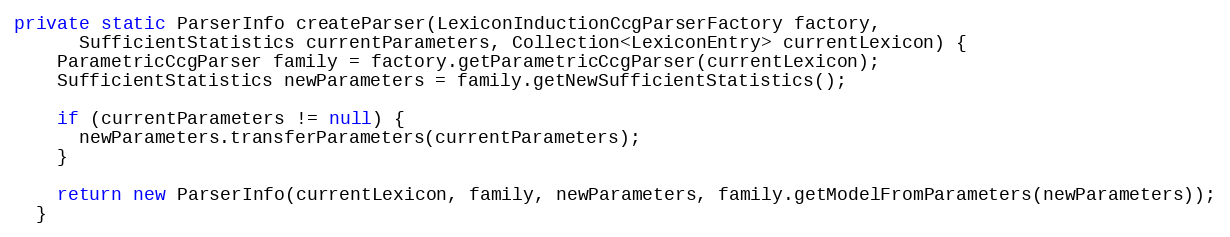
Language: Java
private static ParserInfo createParser(LexiconInductionCcgParserFactory factory,
      SufficientStatistics currentParameters, Collection<LexiconEntry> currentLexicon) {
    ParametricCcgParser family = factory.getParametricCcgParser(currentLexicon);
    SufficientStatistics newParameters = family.getNewSufficientStatistics();

    if (currentParameters != null) {
      newParameters.transferParameters(currentParameters);
    }

    return new ParserInfo(currentLexicon, family, newParameters, family.getModelFromParameters(newParameters));
  }